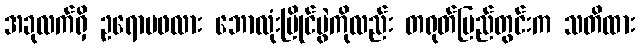
အခုလက်ရှိ ဥရောပဖလား ဘောလုံးပြိုင်ပွဲကိုလည်း တရုတ်ပြည်တွင်းက သတိထား